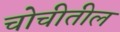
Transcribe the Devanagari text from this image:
चोचीतील